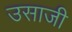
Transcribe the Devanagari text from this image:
उसाजी